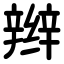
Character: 辫